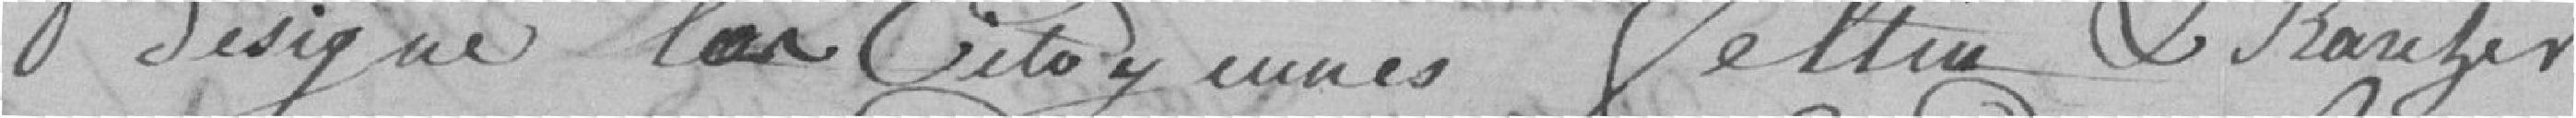
désigne les citoyennes Feltin et Kauzer